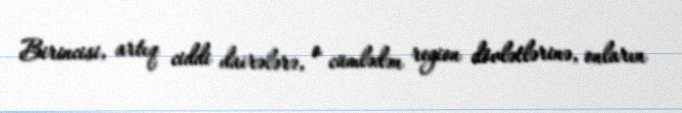
Birincisi, artıq ciddi dairələrə, o cümlədən region dövlətlərinə, onların